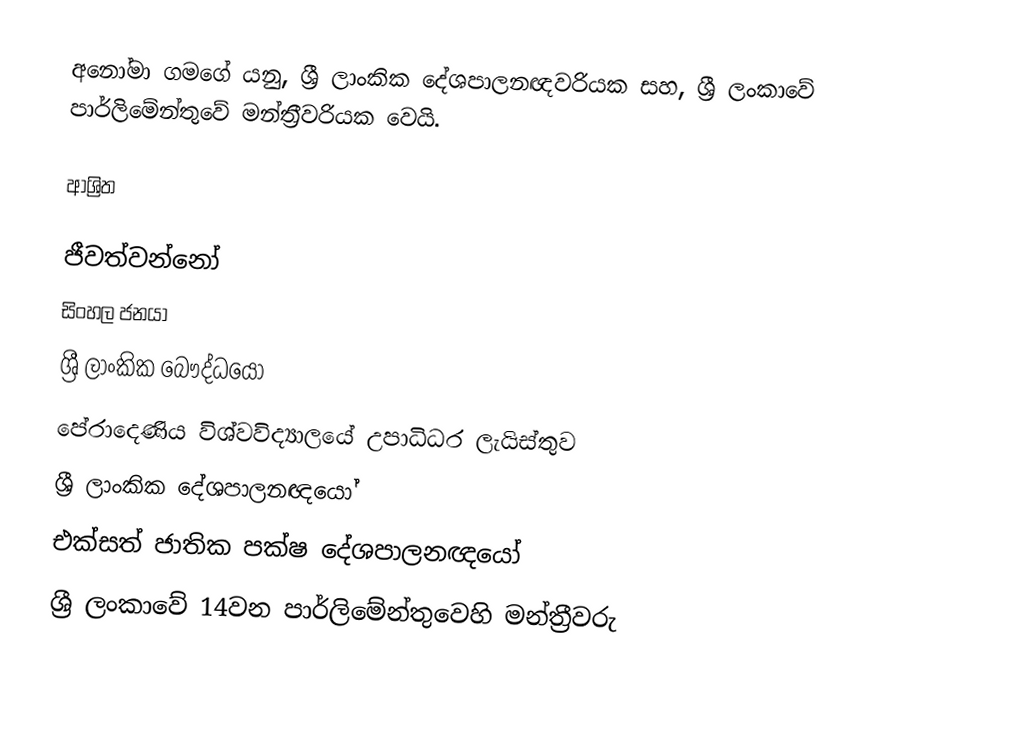
අනෝමා ගමගේ යනු,  ශ්‍රී ලාංකික දේශපාලනඥවරියක සහ, ශ්‍රී ලංකාවේ පාර්ලිමේන්තුවේ මන්ත්‍රීවරියක වෙයි.

ආශ්‍රිත

ජීවත්වන්නෝ
සිංහල ජනයා
ශ්‍රී ලාංකික බෞද්ධයෝ
පේරාදෙණිය විශ්වවිද්‍යාලයේ උපාධිධර ලැයිස්තුව
ශ්‍රී ලාංකික දේශපාලනඥයෝ
එක්සත් ජාතික පක්ෂ දේශපාලනඥයෝ
ශ්‍රී ලංකාවේ 14වන පාර්ලිමේන්තුවෙහි මන්ත්‍රීවරු